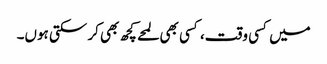
میں کسی وقت، کسی بھی لمحے کچھ بھی کر سکتی ہوں۔